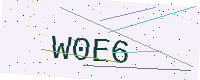
Text: W0E6